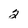
Character: 2